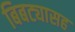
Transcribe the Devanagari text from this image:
बिबट्यासह